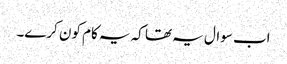
اب سوال یہ تھا کہ یہ کام کون کرے۔